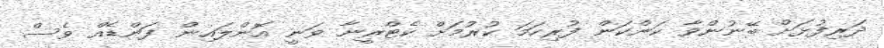
ދަރިފުޅަށް ބޭނުންވާ ކަންކަން ފުރިހަމަ ކުރުމަށް ކެޓްރީނާ ވަނީ އޮންލައިން ފަންޑެއް ވެސް